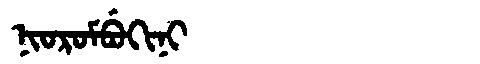
Manchu: ᠨᡳᠣᡵᠣᠮᠪᡠᡴᡳᠨᡳ
Romanization: NIOROMBUKINI